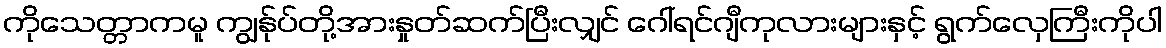
ကိုသေတ္တာကမူ ကျွန်ုပ်တို့အားနှုတ်ဆက်ပြီးလျှင် ဂေါ်ရင်ဂျီကုလားများနှင့် ရွက်လှေကြီးကိုပါ